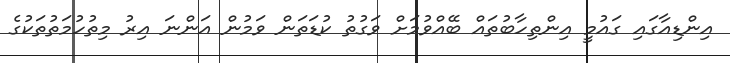
އިންޑިއާގައި ގައުމީ އިންތިހާބުތައް ބޭއްވުމަށް ވަގުތު ކުޑަތަން ވަމުން އަންނަ އިރު މިތުހުމަތުތަކުގެ